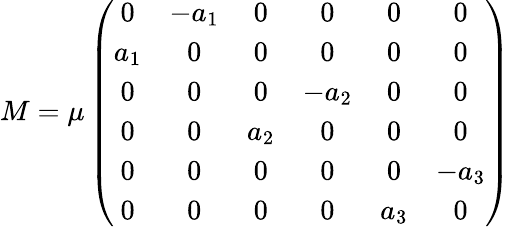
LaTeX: M=\mu\left(\begin{array}{cccccc}{{0}}&{{-a_{1}}}&{{0}}&{{0}}&{{0}}&{{0}}\\ {{a_{1}}}&{{0}}&{{0}}&{{0}}&{{0}}&{{0}}\\ {{0}}&{{0}}&{{0}}&{{-a_{2}}}&{{0}}&{{0}}\\ {{0}}&{{0}}&{{a_{2}}}&{{0}}&{{0}}&{{0}}\\ {{0}}&{{0}}&{{0}}&{{0}}&{{0}}&{{-a_{3}}}\\ {{0}}&{{0}}&{{0}}&{{0}}&{{a_{3}}}&{{0}}\end{array}\right)